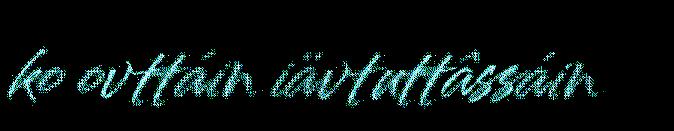
ko ovttáin iävtuttâssáin